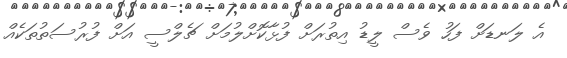
އެ ލަނޑަށް ފަހު ވެސް ލީޑު އިތުރަށް ފުޅާކޮށްލުމަށް ޗެލްސީ އަށް ފުރުސަތުތަކެއް